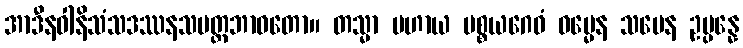
အာဒီနဝါနိသံသဒဿနသမတ္ထဘာဝတော။ တသ္မာ ပဟာယ ပစ္စယဂေဓံ ဓမ္မေန သမေန ဥပ္ပန္နေ